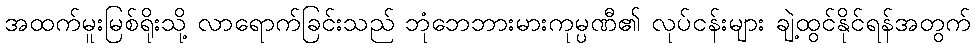
အထက်မူးမြစ်ရိုးသို့ လာရောက်ခြင်းသည် ဘုံဘေဘားမားကုမ္ပဏီ၏ လုပ်ငန်းများ ချဲ့ထွင်နိုင်ရန်အတွက်